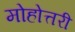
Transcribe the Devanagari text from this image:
मोहोत्तरी